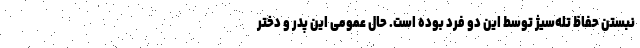
نبستن حفاظ تله‌سیژ توسط این دو فرد بوده است. حال عمومی این پدر و دختر